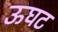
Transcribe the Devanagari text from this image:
ऊघट